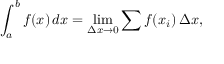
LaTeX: \int _ { a } ^ { b } f ( x ) \, d x = \operatorname* { l i m } _ { \Delta x \to 0 } \sum f ( x _ { i } ) \, \Delta x ,